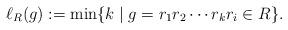
LaTeX: \begin{align*}\ell_R(g) := \min\{k \mid g = r_1r_2\cdots r_k r_i \in R\}.\end{align*}